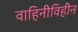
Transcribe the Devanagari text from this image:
वाहिनीविहीन